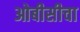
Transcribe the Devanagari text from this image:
ओबीसीचा